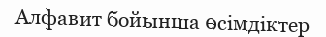
Алфавит бойынша өсімдіктер